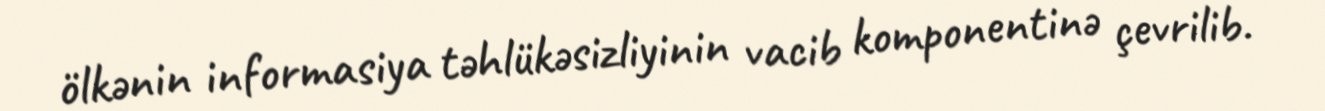
ölkənin informasiya təhlükəsizliyinin vacib komponentinə çevrilib.